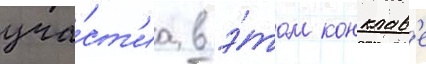
уча́ст'иа в э́том конклав'е